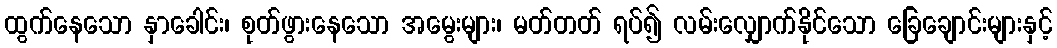
ထွက်နေသော နှာခေါင်း၊ စုတ်ဖွားနေသော အမွေးများ၊ မတ်တတ် ရပ်၍ လမ်းလျှောက်နိုင်သော ခြေချောင်းများနှင့်